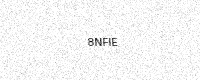
Text: 8NFIE